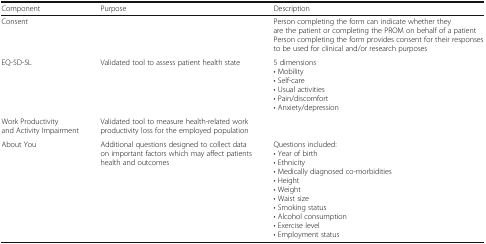
<table><thead><tr><td><b>Component</b></td><td><b>Purpose</b></td><td><b>Description</b></td></tr></thead><tbody><tr><td>Consent</td><td></td><td>Person completing the form can indicate whether they are the patient or completing the PROM on behalf of a patientPerson completing the form provides consent for their responses to be used for clinical and/or research purposes</td></tr><tr><td>EQ-5D-5L</td><td>Validated tool to assess patient health state</td><td>5 dimensions• Mobility• Self-care• Usual activities• Pain/discomfort• Anxiety/depression</td></tr><tr><td>Work Productivity and Activity Impairment</td><td>Validated tool to measure health-related work productivity loss for the employed population</td><td></td></tr><tr><td>About You</td><td>Additional questions designed to collect data on important factors which may affect patients health and outcomes</td><td>Questions included:• Year of birth• Ethnicity• Medically diagnosed co-morbidities• Height• Weight• Waist size• Smoking status• Alcohol consumption• Exercise level• Employment status</td></tr></tbody></table>